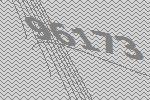
96173